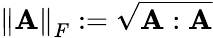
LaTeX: \left\lVert\mathbf{A}\right\rVert_{F}:=\sqrt{\mathbf{A}:\mathbf{A}}